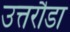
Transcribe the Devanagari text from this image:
उत्तरौडा